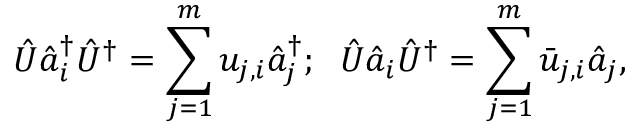
\hat { U } \hat { a } _ { i } ^ { \dag } \hat { U } ^ { \dag } = \sum _ { j = 1 } ^ { m } u _ { j , i } \hat { a } _ { j } ^ { \dag } ; \; \; \hat { U } \hat { a } _ { i } \hat { U } ^ { \dag } = \sum _ { j = 1 } ^ { m } \bar { u } _ { j , i } \hat { a } _ { j } ,